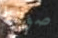
صوتها